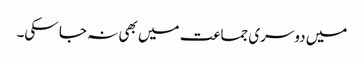
میں دوسری جماعت میں بھی نہ جا سکی۔